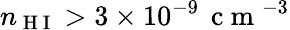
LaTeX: n_{\mathrm{~H~I~}}>3\times 10^{-9}\, \mathrm{~c~m~}^{-3}